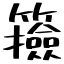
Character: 籡